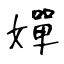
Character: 嬋